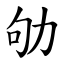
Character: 劬